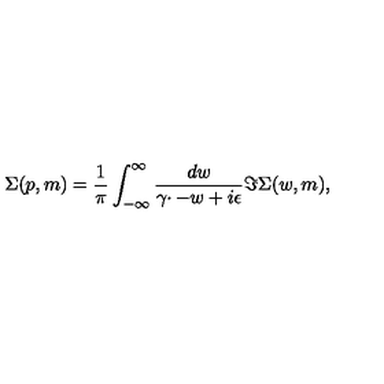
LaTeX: \Sigma ( p , m ) = \frac { 1 } { \pi } \int _ { - \infty } ^ { \infty } \frac { d w } { \gamma \cdotp - w + i \epsilon } \Im \Sigma ( w , m ) ,